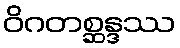
ဝိဂတစ္ဆန္ဒဿ